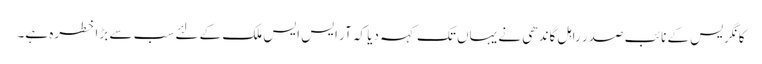
کانگریس کے نائب صدر راہل گاندھی نے یہاں تک کہہ دیا کہ آر ایس ایس ملک کے لئے سب سے بڑا خطرہ ہے۔